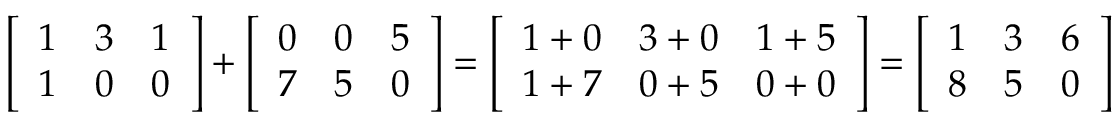
{ \left[ \begin{array} { l l l } { 1 } & { 3 } & { 1 } \\ { 1 } & { 0 } & { 0 } \end{array} \right] } + { \left[ \begin{array} { l l l } { 0 } & { 0 } & { 5 } \\ { 7 } & { 5 } & { 0 } \end{array} \right] } = { \left[ \begin{array} { l l l } { 1 + 0 } & { 3 + 0 } & { 1 + 5 } \\ { 1 + 7 } & { 0 + 5 } & { 0 + 0 } \end{array} \right] } = { \left[ \begin{array} { l l l } { 1 } & { 3 } & { 6 } \\ { 8 } & { 5 } & { 0 } \end{array} \right] }